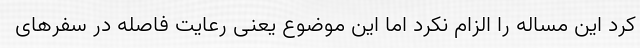
کرد این مساله را الزام نکرد اما این موضوع یعنی رعایت فاصله در سفرهای